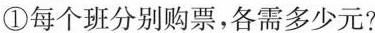
①每个班分别购票，各需多少元?